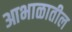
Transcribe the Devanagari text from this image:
आभाळातील